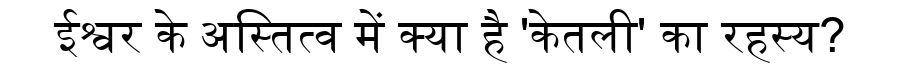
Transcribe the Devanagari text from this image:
ईश्वर के अस्तित्व में क्या है 'केतली' का रहस्य?